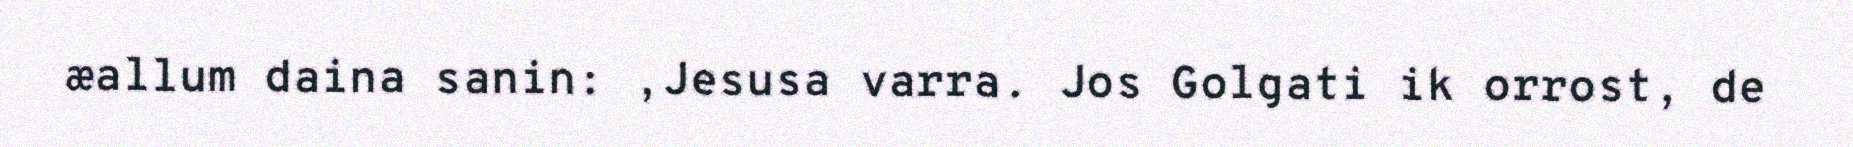
æallum daina sanin: ,Jesusa varra. Jos Golgati ik orrost, de